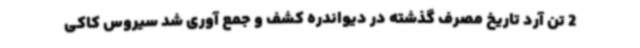
2 تن آرد تاریخ مصرف گذشته در دیواندره کشف و جمع آوری شد سیروس کاکی